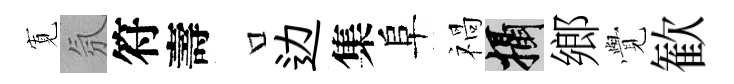
𡩖氛符壽口边集阜禍攝鄉𮗜歓